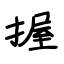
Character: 握